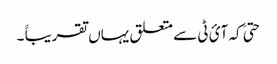
حتیَ کہ آئ ٹی سے متعلق یہاں تقریباََ ۔